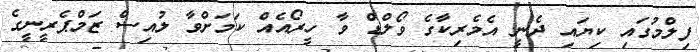
ފިލްމުގައި ކިޔައި ދެނީ އެމެރިކާގެ ވޯލްޑް ވާ ހީރޯއެއް ކަމަށްވާ ލުއިސް ޒަމްޕެރީނީގެ